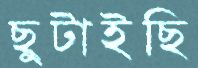
ছুটাইছি